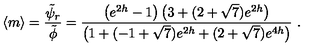
\langle m \rangle = { \frac { \tilde { \psi } _ { r } } { \tilde { \phi } } } = { \frac { \left( e ^ { 2 h } - 1 \right) \left( 3 + ( 2 + \sqrt { 7 } ) e ^ { 2 h } \right) } { \left( 1 + ( - 1 + \sqrt { 7 } ) e ^ { 2 h } + ( 2 + \sqrt { 7 } ) e ^ { 4 h } \right) } } \ .